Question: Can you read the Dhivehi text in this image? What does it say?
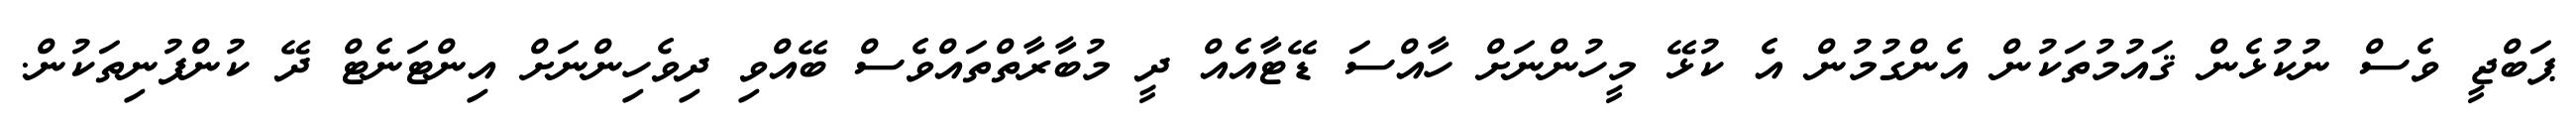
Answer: ޕަބްޖީ ވެސް ނުކުޅެން ޤައުމުތަކުން އެންގުމުން އެ ކުޅޭ މީހުންނަށް ހާއްސަ ޑޭޓާއެއް ދީ މުބާރާތްތައްވެސް ބޭއްވި ދިވެހިންނަށް އިންޓަނެޓް ދޭ ކުންފުނިތަކުން.